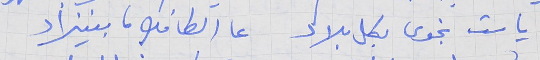
يا ست نجوى بكل بلاد     عا الطافك ما بينزاد